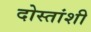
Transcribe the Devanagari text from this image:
दोस्तांशी